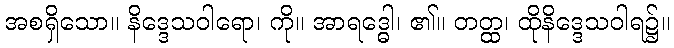
အစရှိသော။ နိဒ္ဒေသဝါရော၊ ကို။ အာရဒ္ဓေါ၊ ၏။ တတ္ထ၊ ထိုနိဒ္ဒေသဝါရ၌။